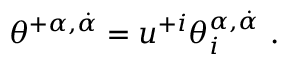
\theta ^ { + \alpha , \dot { \alpha } } = u ^ { + i } \theta _ { i } ^ { \alpha , \dot { \alpha } } \ .